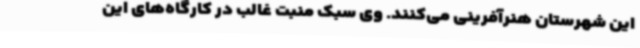
این شهرستان هنرآفرینی می‌کنند. وی سبک منبت غالب در کارگاه‌های این